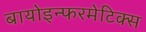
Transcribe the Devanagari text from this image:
बायोइन्फरमेटिक्स